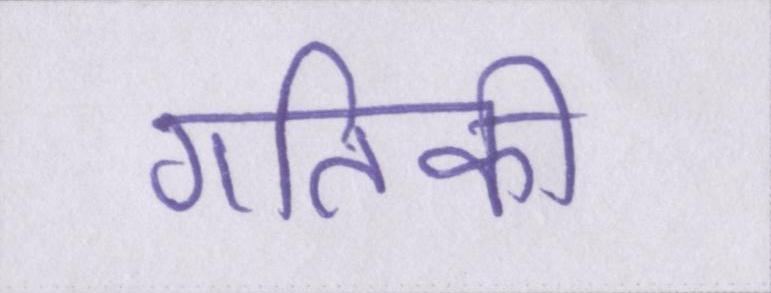
गतिकी